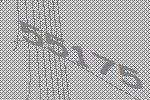
55175